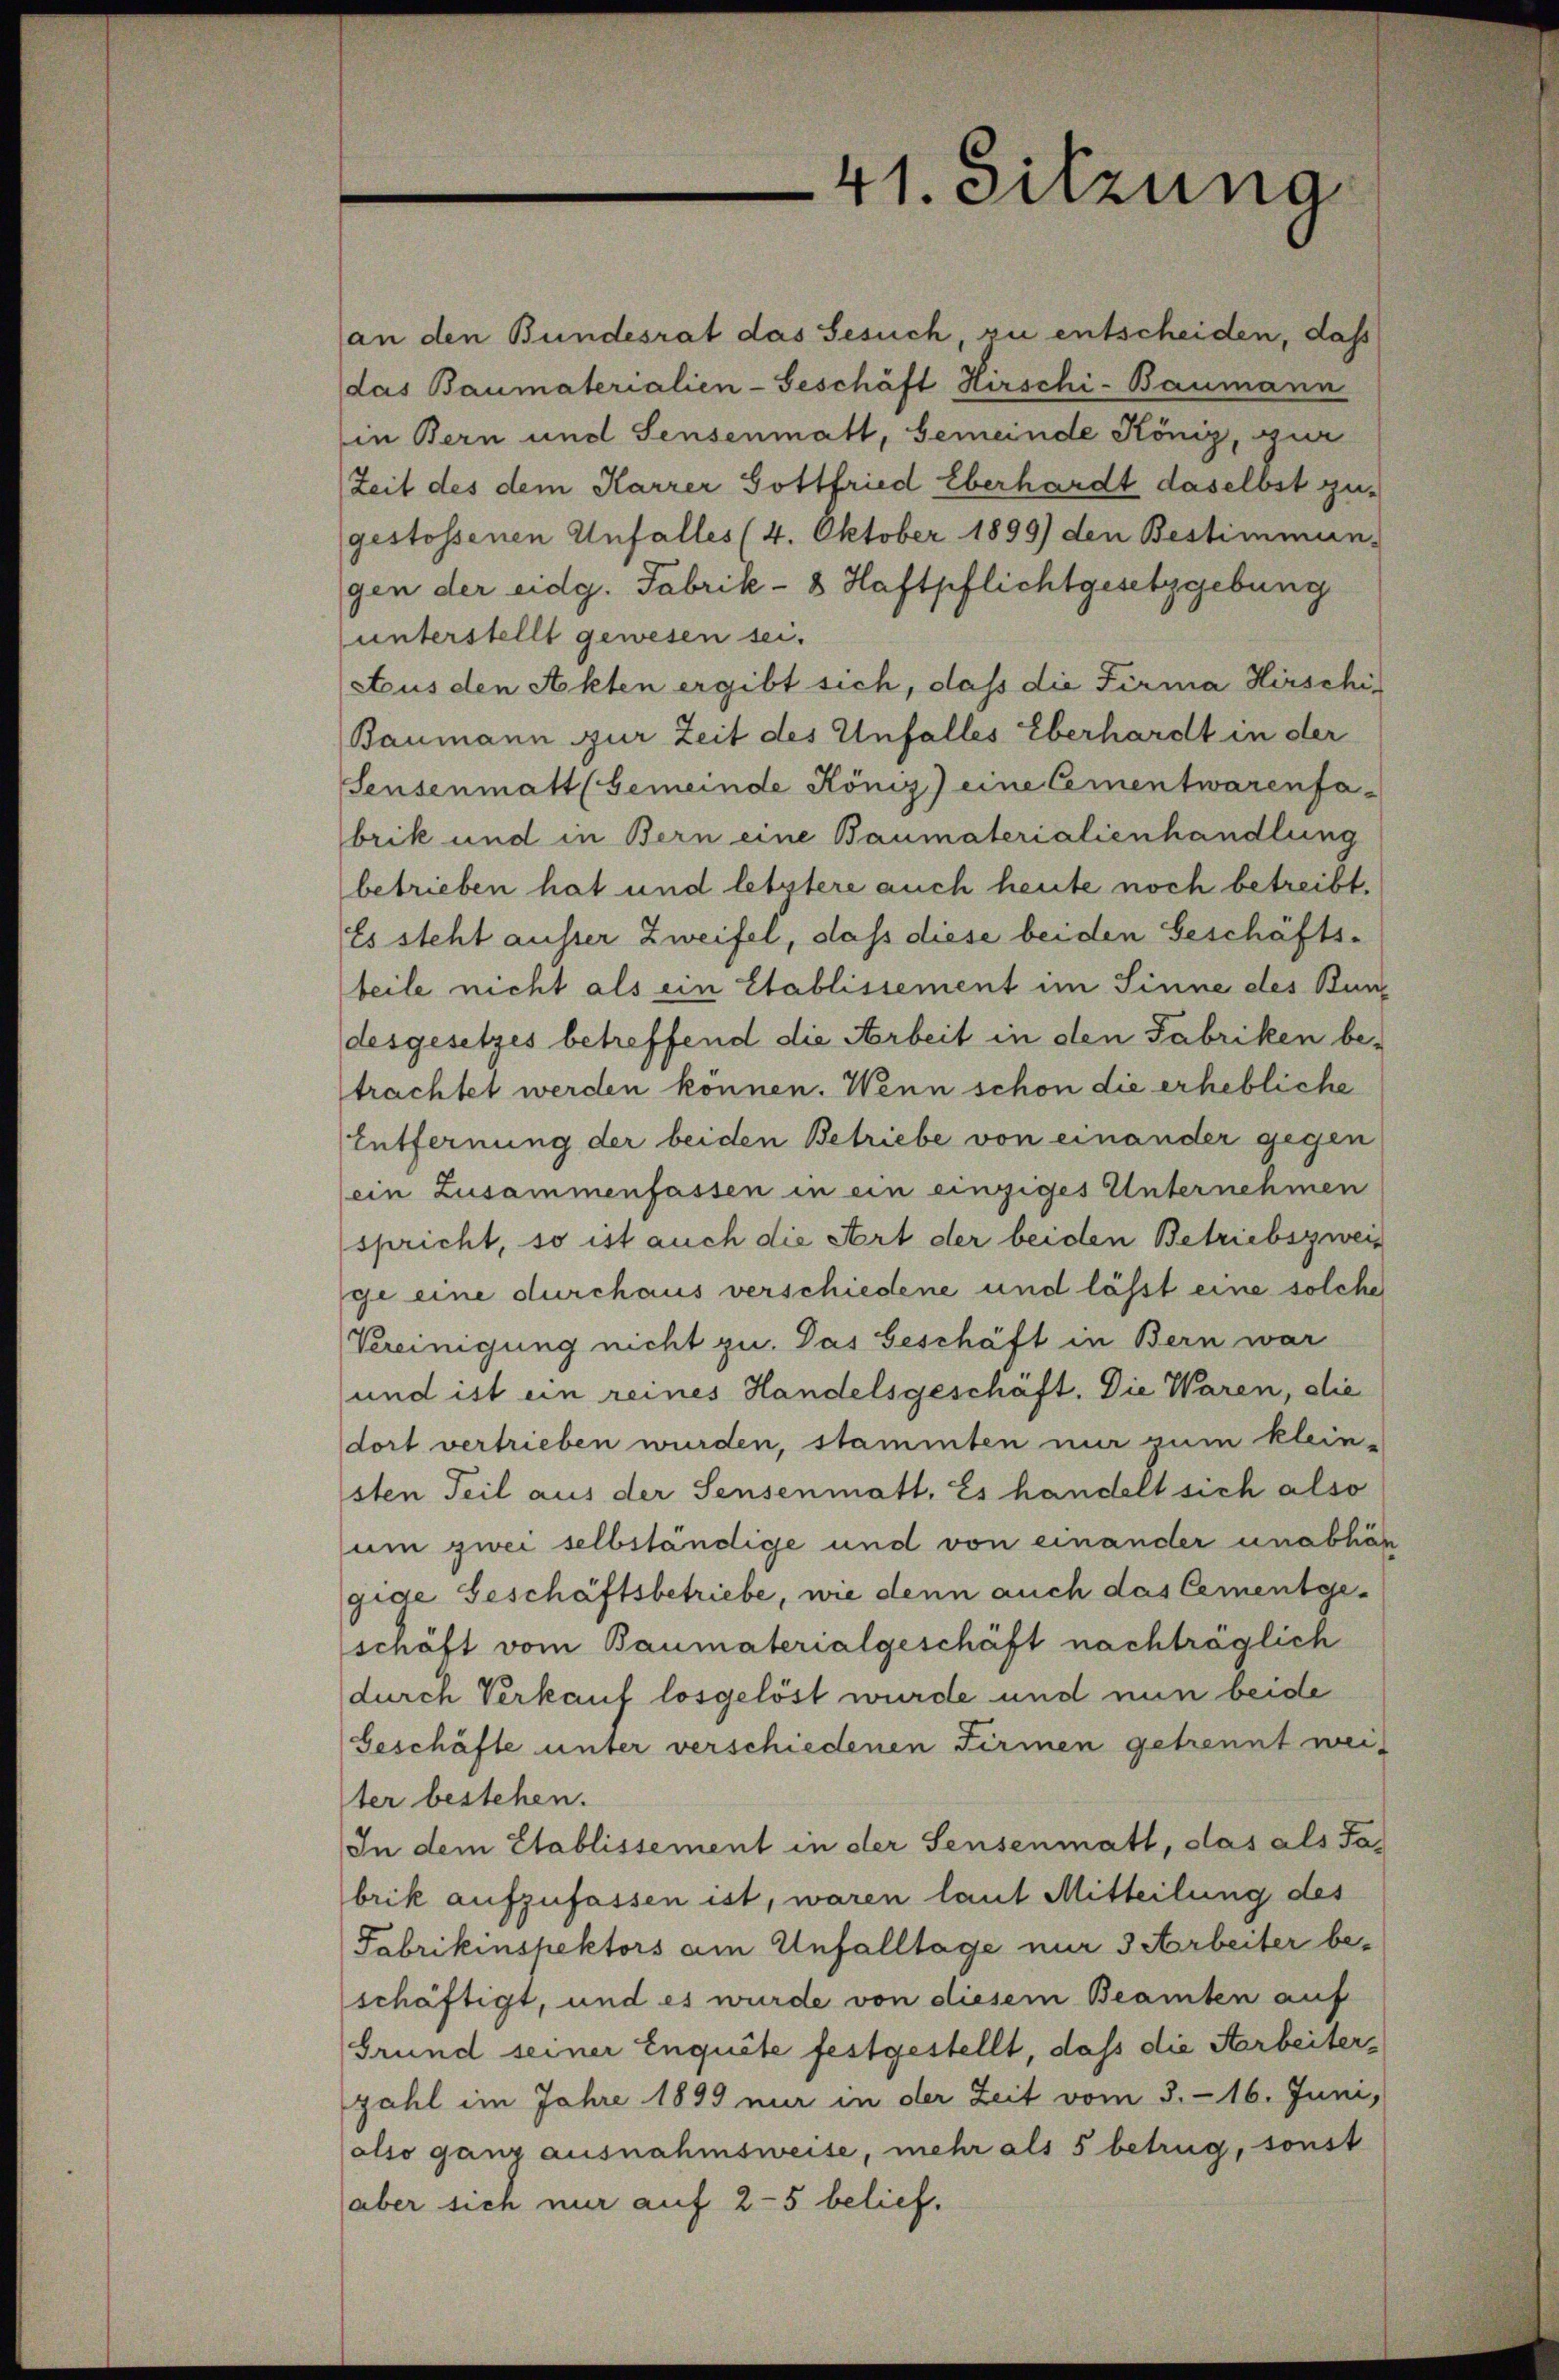
41. Sitzung

an den Bundesrat das Gesuch, zu entscheiden, daß
das Baumaterialien-Geschäft Hirschi-Baumann
in Bern und Sensenmatt, Gemeinde König, zur
Zeit des dem Karrer Gottfried Eberhardt daselbst zugestossenen Unfalles (4. Oktober 1899) den Bestimmun
gen der eidg. Fabrik- 8 Haftpflichtgesetzgebung
unterstellt gewesen sei.
Aus den Akten ergibt sich, daß die Firma Hirschi
Baumann zur Zeit des Unfalles Eberhardt in der
Sensenmatt (Gemeinde König) eine Cementwarenfabrik und in Bern eine Baumaterialienhandlung
betrieben hat und letztere auch heute noch betreibt.
Es steht ausser Zweifel, dass diese beiden Geschäftsbeile nicht als ein Etablissement im Sinne des Bundesgesetzes betreffend die Arbeit in den Fabriken be-
trachtet werden können. Wenn schon die erhebliche
Entfernung der beiden Betriebe von einander gegen
ein Zusammenfassen in ein einziges Unternehmen
spricht, so ist auch die Art der beiden Betriebszweis
ge eine durchaus verschiedene und lässt eine solche
Vereinigung nicht zu. Das Geschäft in Bern war
und ist ein reines Handelsgeschäft. Die Waren, die
dort vertrieben wurden, stammten nur zum klein-
sten Teil aus der Sensenmatt. Es handelt sich also
um zwei selbständige und von einander unabhän
gide Geschäftsbetriebe, wie denn auch das Cementgeschäft vom Baumaterialgeschäft nachträglich
durch Verkauf losgelöst wurde und nun beide
Geschäfte unter verschiedenen Firmen getrennt wei-
ter bestehen.
In dem Etablissement in der Sensenmatt, das als Tabrik aufzufassen ist, waren laut Mitteilung des
Fabrikinspektors am Unfalltage nur 3 Arbeiter beschäftigt, und es wurde von diesem Beamten auf
Grund seiner Inquite festgestellt, dass die Aarbeiterzahl im Jahre 1899 nur in der Zeit vom 5. - 16. Juni,
also ganz ausnahmsweise, mehr als 5 betrug, sonst
aber sich nur auf 25 belief.